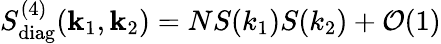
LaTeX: S_{\mathrm{diag}}^{(4)}(\textbf{k}_{1},\textbf{k}_{2})=NS(k_{1})S(k_{2})+\mathcal{O}(1)